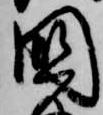
国